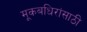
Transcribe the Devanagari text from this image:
मूकबधिरांसाठी